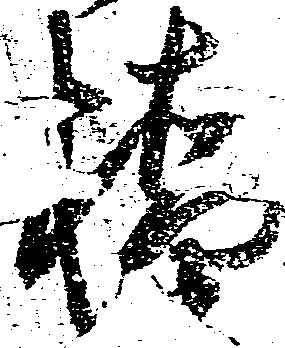
橋